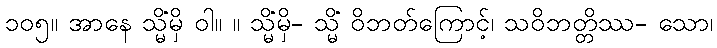
၁၀၅။ အာနေ သ္မိံမှိ ဝါ။ ။ သ္မိံမှိ- သ္မိံ ဝိဘတ်ကြောင့်၊ သဝိဘတ္တိဿ- သော၊